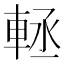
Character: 䡕